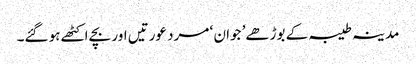
مدینہ طیبہ کے بوڑھے’ جوان ‘ مرد عورتیں اور بچے اکٹھے ہو گئے۔